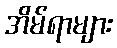
အိမ်ရာများ